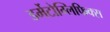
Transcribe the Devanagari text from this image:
डर्मेटोग्लिफिक्स